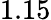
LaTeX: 1.15